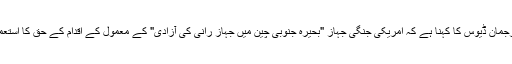
پینٹاگان کے ترجمان ڈیوس کا کہنا ہے کہ امریکی جنگی جہاز "بحیرہ جنوبی چین میں جہاز رانی کی آزادی" کے معمول کے اقدام کے حق کا استعمال کر رہا تھا۔